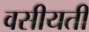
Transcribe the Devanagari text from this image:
वसीयती